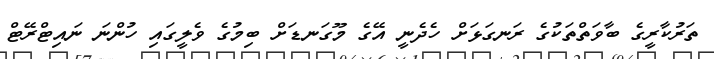
ތަރުކާރީގެ ބާވަތްތަކުގެ ރަނގަޅަށް ހެދެނީ އޭގެ މޫގަނޑަށް ބިމުގެ ވެލީގައި ހުންނަ ނައިޓްރޭޓް